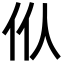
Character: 㐺